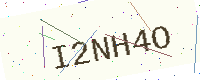
Text: I2NH4O